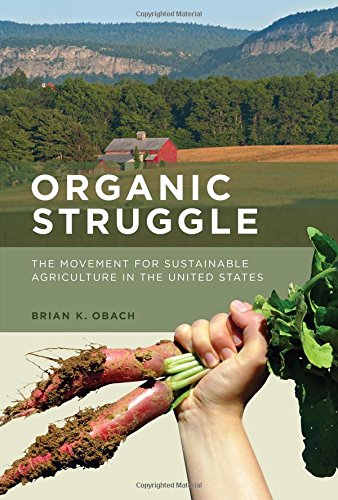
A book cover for Organic Struggle: The Movement for Sustainable Agriculture in the United States (Food, Health, and the Environment); Brian K. Obach; Science & Math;